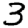
Digit: 3